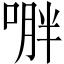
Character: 𱓟